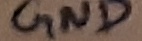
Text: GND